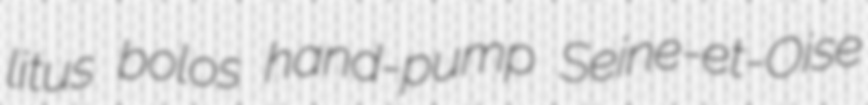
litus bolos hand-pump Seine-et-Oise